Lunatic asylums Madras 1877-1891 - 1877-1891
Year: 1877
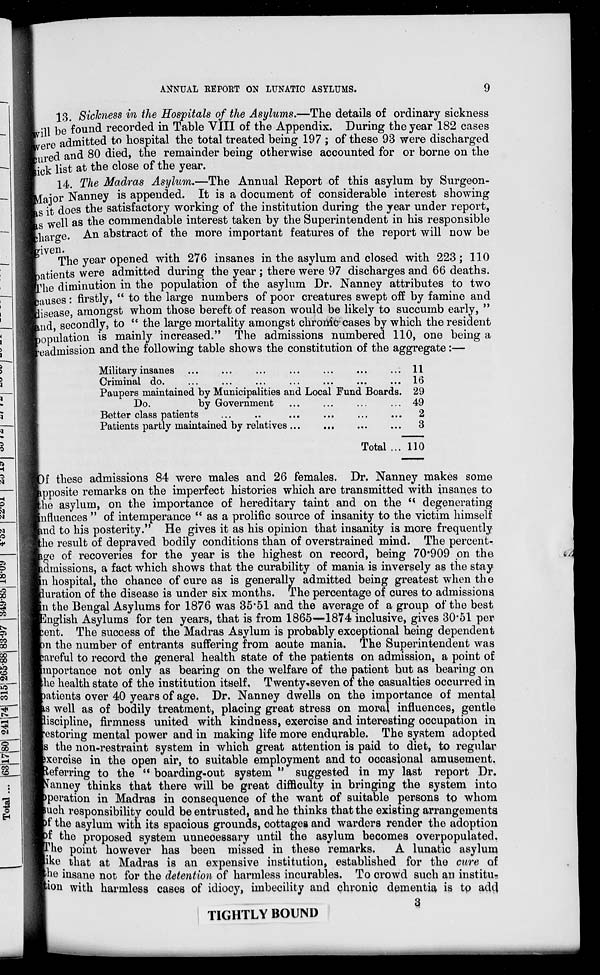
ANNUAL REPORT ON LUNATIC ASYLUMS.
9
13. Sickness in the Hospitals of the Asylums.—The details of ordinary sickness
will be found recorded in Table VIII of the Appendix. During the year 182 cases
were admitted to hospital the total treated being 197 ; of these 93 were discharged
cured and 80 died, the remainder being otherwise accounted for or borne on the
sick list at the close of the year.
14. The Madras Asylum.—The Annual Report of this asylum by Surgeon-
Major Nanney is appended. It is a document of considerable interest showing
as it does the satisfactory working of the institution during the year under report,
as well as the commendable interest taken by the Superintendent in his responsible
charge. An abstract of the more important features of the report will now be
given.
The year opened with 276 insanes in the asylum and closed with 223; 110
patients were admitted during the year ; there were 97 discharges and 66 deaths.
The diminution in the population of the asylum Dr. Nanney attributes to two
causes: firstly, " to the large numbers of poor creatures swept off by famine and
disease, amongst whom those bereft of reason would be likely to succumb early, "
and, secondly, to " the large mortality amongst chronic cases by which the resident
population is mainly increased." The admissions numbered 110, one being a
readmission and the following table shows the constitution of the aggregate:—
Military insanes ... ... ... ... ... ... ...
Criminal do. ... ... ... ... ... ... ...
Paupers maintained by Municipalities and Local Fund Boards.
Do.
by Government ... ... ... ...
Better class patients ... .. ... ... ... ...
Patients partly maintained by relatives... ... ... ...
Total ...
11
16
29
49
2
3
110
Of these admissions 84 were males and 26 females. Dr. Nanney makes some
apposite remarks on the imperfect histories which are transmitted with insanes to
the asylum, on the importance of hereditary taint and on the " degenerating
influences " of intemperance "as a prolific source of insanity to the victim himself
and to his posterity." He gives it as his opinion that insanity is more frequently
the result of depraved bodily conditions than of overstrained mind. The percent-
age of recoveries for the year is the highest on record, being 70.909 on the
admissions, a fact which shows that the curability of mania is inversely as the stay
in hospital, the chance of cure as is generally admitted being greatest when the
duration of the disease is under six months. The percentage of cures to admissions
in the Bengal Asylums for 1876 was 35.51 and the average of a group of the best
English Asylums for ten years, that is from 1865—1874 inclusive, gives 30.51 per
cent. The success of the Madras Asylum is probably exceptional being dependent
on the number of entrants suffering from acute mania. The Superintendent was
careful to record the general health state of the patients on admission, a point of
importance not only as bearing on the welfare of the patient but as bearing on
the health state of the institution itself. Twenty seven of the casualties occurred in
patients over 40 years of age. Dr. Nanney dwells on the importance of mental
as well as of bodily treatment, placing great stress on moral influences, gentle
discipline, firmness united with kindness, exercise and interesting occupation in
rostoring mental power and in making life more endurable. The system adopted
is the non-restraint system in which great attention is paid to diet, to regular
exercise in the open air, to suitable employment and to occasional amusement.
Referring to the " boarding-out system " suggested in my last report Dr.
Nanney thinks that there will be great difficulty in bringing the system into
operation in Madras in consequence of the want of suitable persons to whom
such responsibility could be entrusted, and he thinks that the existing arrangements
of the asylum with its spacious grounds, cottages and warders render the adoption
of the proposed system unnecessary until the asylum becomes overpopulated.
The point however has been missed in these remarks.
A lunatic asylum
like that at Madras is an expensive institution, established for the cure of
the insane not for the detention of harmless incurables. To crowd such an institu-
tion with harmless cases of idiocy, imbecility and chronic dementia is to add
3
TIGHTLY BOUND